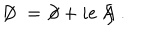
LaTeX: \not \! \! D \; = \; \not \! \partial + i e \not \! \! A \; .